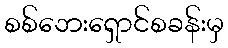
စစ်ဘေးရှောင်စခန်းမှ